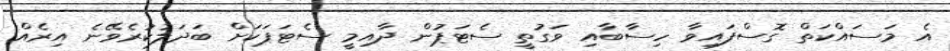
އެ މަސައްކަތް ގޮސްފައިވާ ހިސާބާއި ވަގުތީ ސެޓަޕުން ދާއިމީ ސެޓަޕަކަށް ބަދަލުކުރެވޭނެ އިރެއް